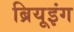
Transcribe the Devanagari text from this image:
ब्रियूइंग